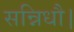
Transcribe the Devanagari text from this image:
सन्निधौ।